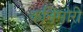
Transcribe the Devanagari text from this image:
कनिमोरी